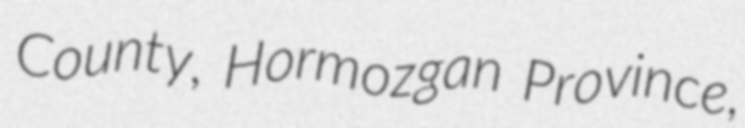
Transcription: County, Hormozgan Province,